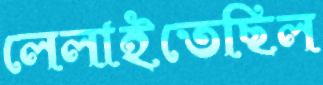
লেলাইতেছিল